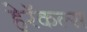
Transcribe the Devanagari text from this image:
हेरॅकल्स